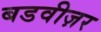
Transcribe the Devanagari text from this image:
बडवीज़र